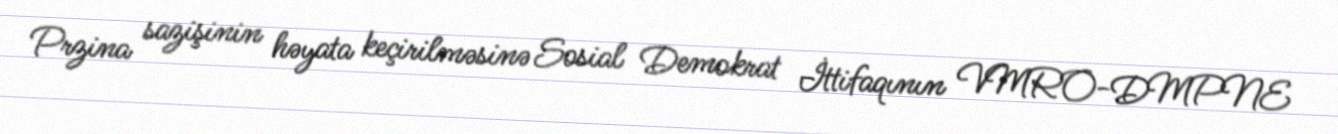
Przina sazişinin həyata keçirilməsinə Sosial Demokrat İttifaqının VMRO-DMPNE